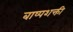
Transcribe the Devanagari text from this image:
बाष्पशक्ती